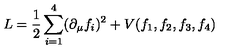
L = { \frac { 1 } { 2 } } \sum _ { i = 1 } ^ { 4 } ( \partial _ { \mu } f _ { i } ) ^ { 2 } + V ( f _ { 1 } , f _ { 2 } , f _ { 3 } , f _ { 4 } )